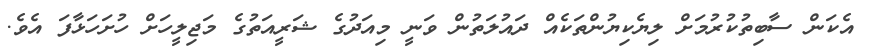
އެކަން ސާބިތުކުރުމަށް ލިޔެކިޔުންތަކެއް ދައުލަތުން ވަނީ މިއަދުގެ ޝަރީއަތުގެ މަޖިލީހަށް ހުށަހަޅާފަ އެވެ.